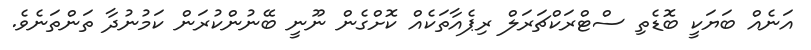
އަނެއް ބަޔަކީ ބޮޑެތި ސްޓްރަކްޗަރަލް ރިޕެއާތަކެއް ކޮށްގެން ނޫނީ ބޭނުންކުރަން ކަމުނުދާ ތަންތަނެވެ.